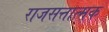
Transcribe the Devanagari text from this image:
राजसत्तात्मक